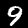
Label: 9